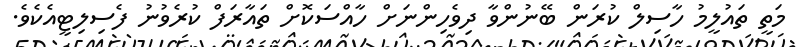
މަތީ ތައުލީމު ހާސިލް ކުރަން ބޭނުންވާ ދިވެހިންނަށް ހާއްސަކޮށް ތައާރަފް ކުރެވުނު ފެސިލިޓީއެކެވެ.